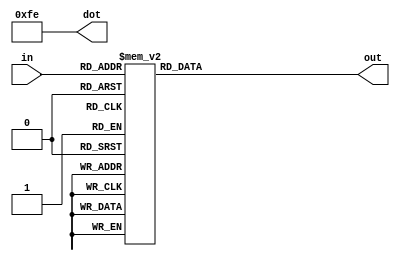
module bin_to_7seg(in,out,dot);
input[3:0]in;
output reg[7:0]out;
output[7:0]dot;
assign dot=8'b11111110;//a(1),b(2),c(3),d(4),e(5),f(6),g(7),dot(8).
always@(*)
begin
case(in)
	0:out=8'b00000011;//a,b,c,d,e,f.(0)
	1:out=8'b10011111;//one
        2:out=8'b00100101;  //two
        3:out = 8'b00001101;  //three
        4:out = 8'b10011001;  //four
        5:out = 8'b01001001;  //five
        6:out = 8'b01000001;  //six
        7:out = 8'b00011111;  //seven
        8:out = 8'b00000001;  //eight
        9:out = 8'b00001001;  //nine
        10:out = 8'b00010001;  //A
        11:out = 8'b11000001;  //b
        12:out = 8'b01100011;  //C
        13:out = 8'b10000101;  //d
        14:out = 8'b01100001;  //E
        15:out = 8'b01110001;  //F
    endcase
end
endmodule